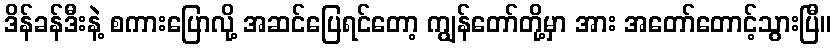
ဒိန်ခန်ဒီးနဲ့ စကားပြောလို့ အဆင်ပြေရင်တော့ ကျွန်တော်တို့မှာ အား အတော်တောင့်သွားပြီ။